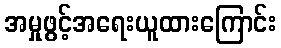
အမှုဖွင့်အရေးယူထားကြောင်း